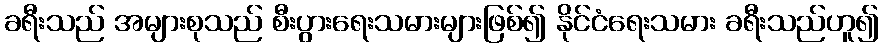
ခရီးသည် အများစုသည် စီးပွားရေးသမားများဖြစ်၍ နိုင်ငံရေးသမား ခရီးသည်ဟူ၍